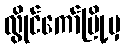
လွိုင်ကော်မြို့မှ